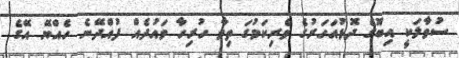
ސުވާލަކީ އިބޫގެ ދޮޅުއަހަރުގެ ވެރިކަމުގަ ތިވާ ހުރިހާ ވައުދެއް ފުއްދޭނެ ހެއްޔޭ އޭގެ